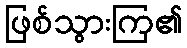
ဖြစ်သွားကြ၏